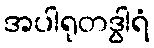
အပါရုတဒွါရံ